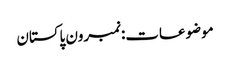
موضوعات:نمبرون پاکستان